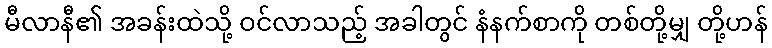
မီလာနီ၏ အခန်းထဲသို့ ဝင်လာသည့် အခါတွင် နံနက်စာကို တစ်တို့မျှ တို့ဟန်